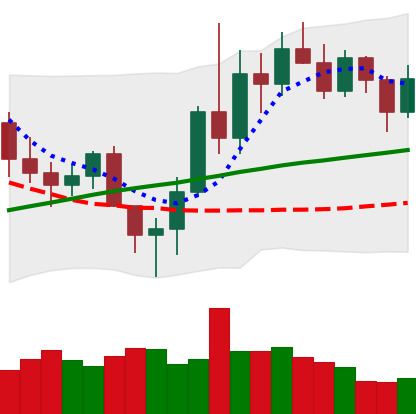
Ticker: LINK-USD
Chart end date: 2020-11-16
Forward return: 21.962%
Label: up_7plus